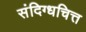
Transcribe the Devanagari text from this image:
संदिग्धचित्त